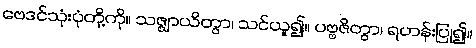
ဗေဒင်သုံးပုံတို့ကို။ သဇ္ဈာယိတွာ၊ သင်ယူ၍။ ပဗ္ဗဇိတွာ၊ ရဟန်းပြု၍။